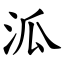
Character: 泒